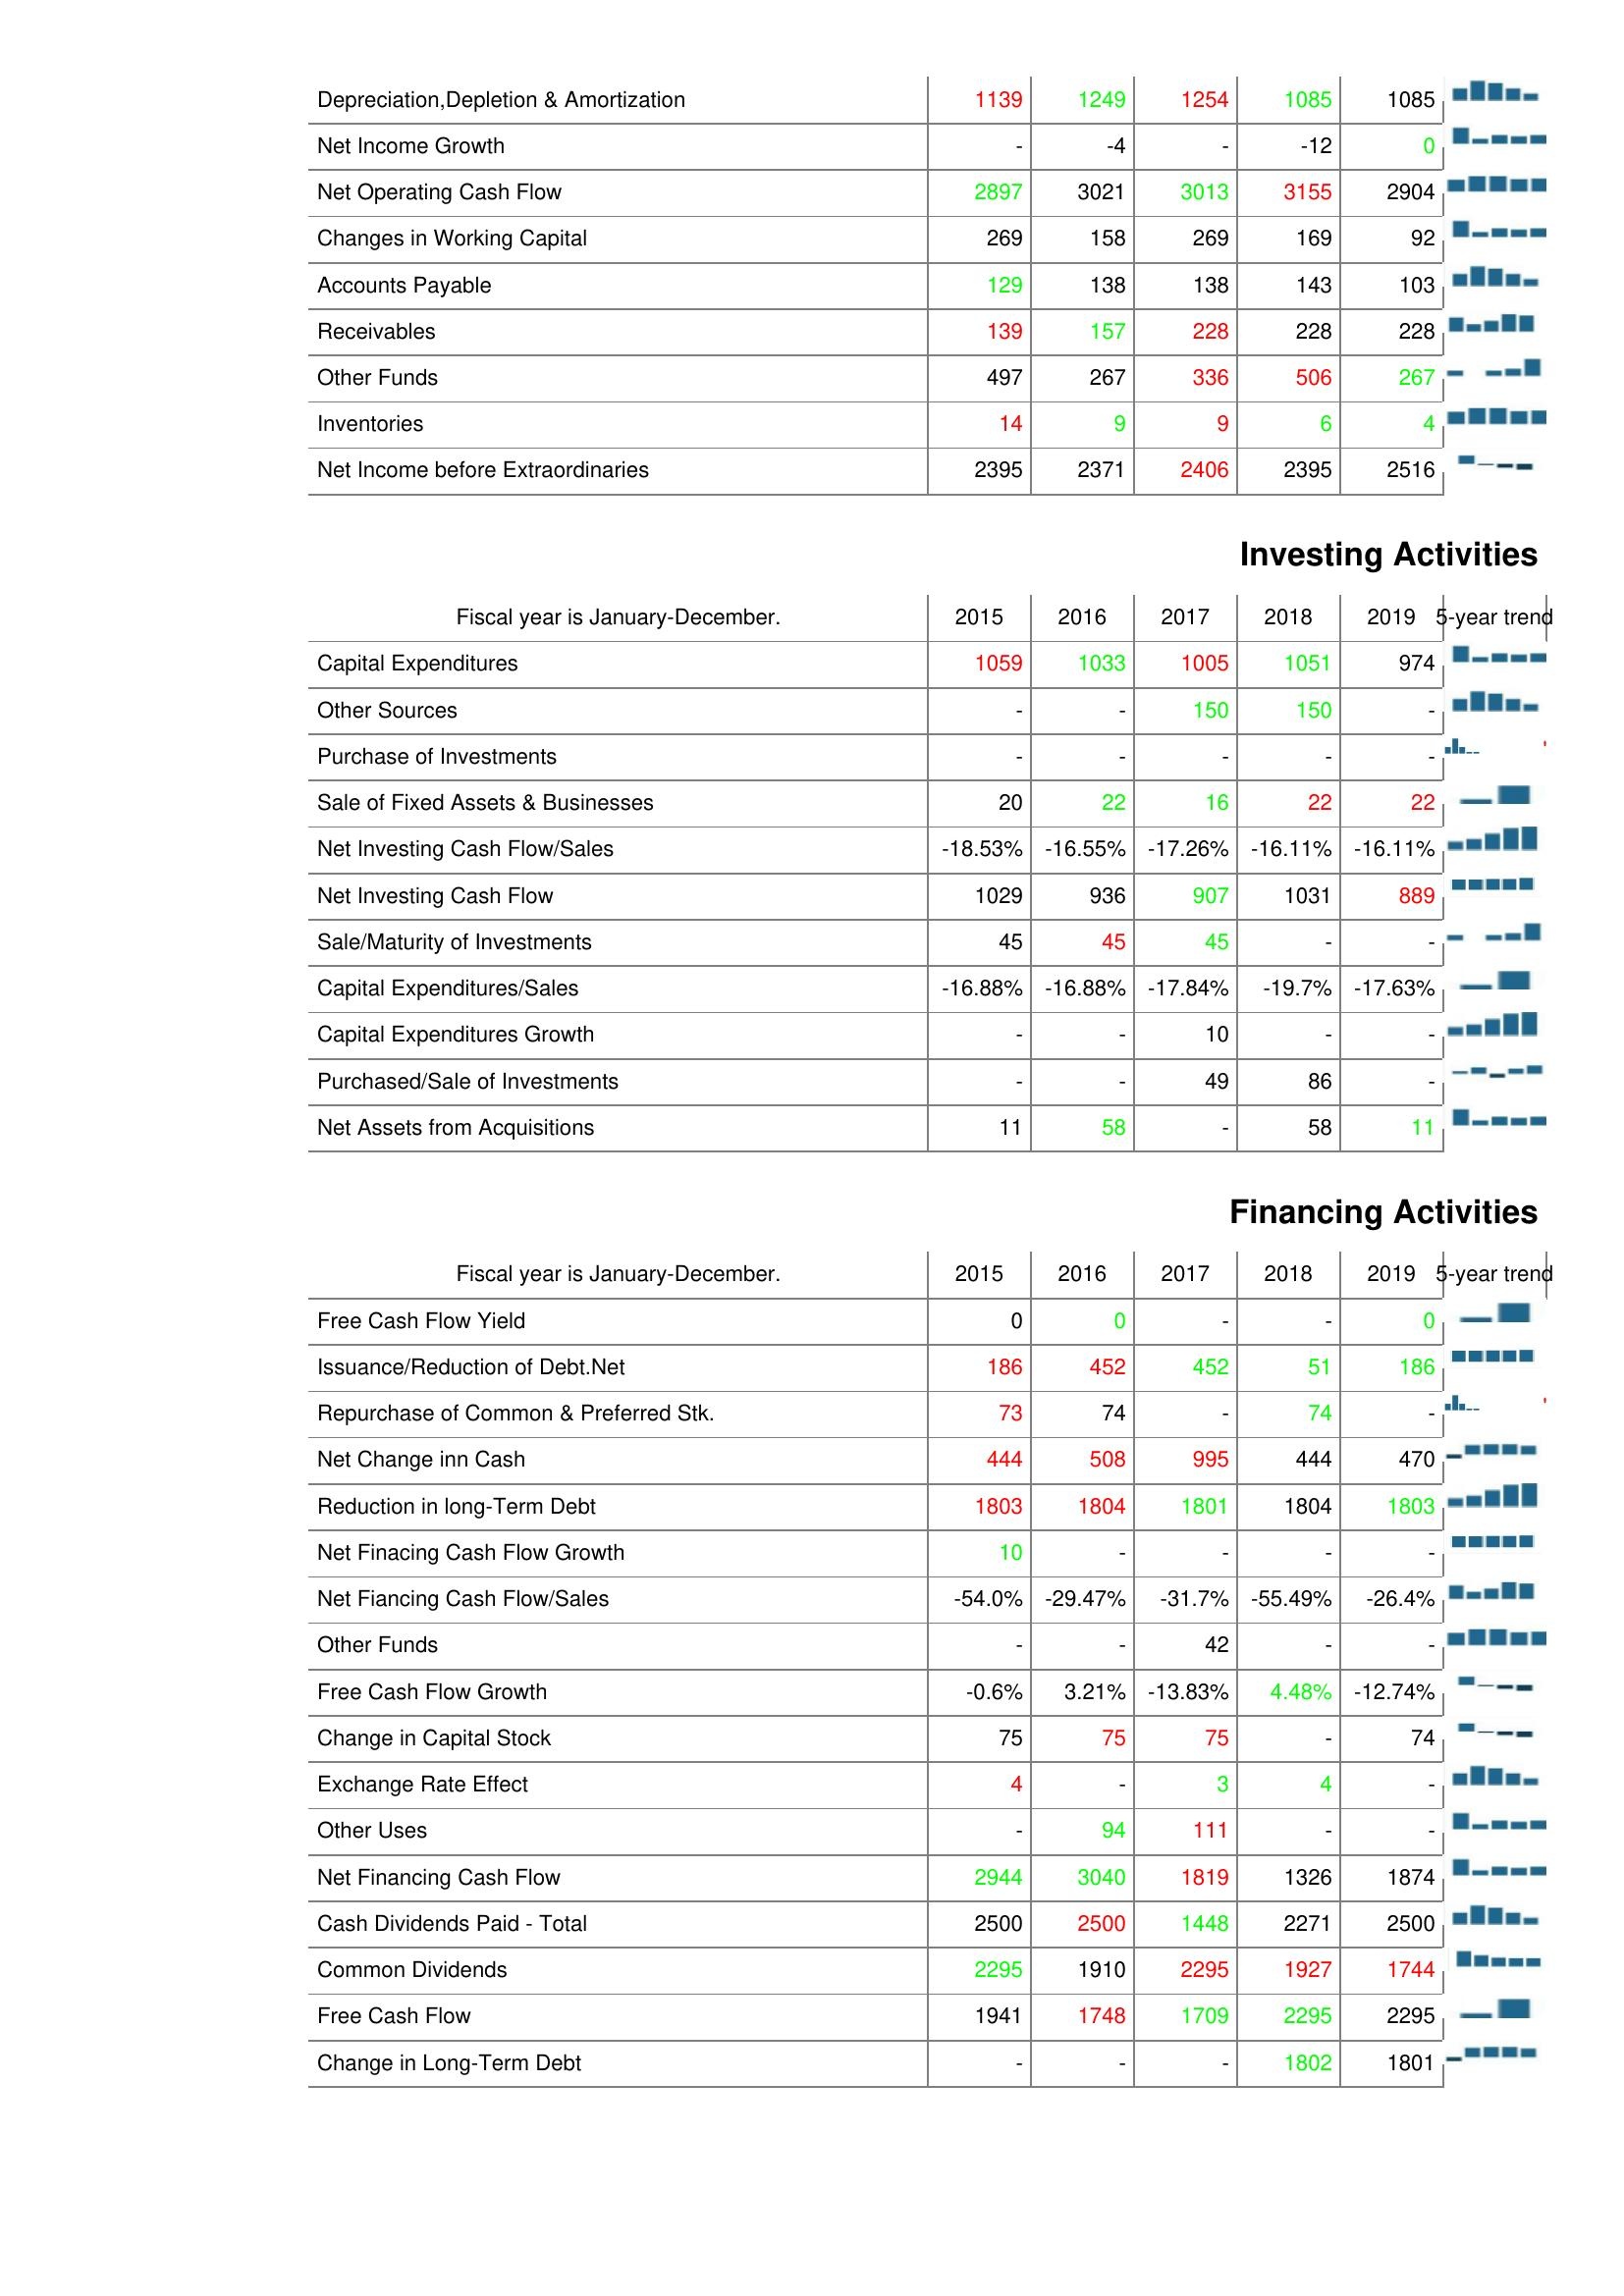
2015: Operating Activities: Depreciation,Depletion & Amortization: 1139
Net Income Growth: -
Net Operating Cash Flow: 2897
Changes in Working Capital: 269
Accounts Payable: 129
Receivables: 139
Other Funds: 497
Inventories: 14
Net Income before Extraordinaries: 2395
Investing Activities: Capital Expenditures: 1059
Other Sources: -
Purchase of Investments: -
Sale of Fixed Assets & Businesses: 20
Net Investing Cash Flow/Sales: -18.53%
Net Investing Cash Flow: 1029
Sale/Maturity of Investments: 45
Capital Expenditures/Sales: -16.88%
Capital Expenditures Growth: -
Purchased/Sale of Investments: -
Net Assets from Acquisitions: 11
Financing Activities: Free Cash Flow Yield: 0
Issuance/Reduction of Debt.Net: 186
Repurchase of Common & Preferred Stk.: 73
Net Change inn Cash: 444
Reduction in long-Term Debt: 1803
Net Finacing Cash Flow Growth: 10
Net Fiancing Cash Flow/Sales: -54.0%
Other Funds: -
Free Cash Flow Growth: -0.6%
Change in Capital Stock: 75
Exchange Rate Effect: 4
Other Uses: -
Net Financing Cash Flow: 2944
Cash Dividends Paid - Total: 2500
Common Dividends: 2295
Free Cash Flow: 1941
Change in Long-Term Debt: -
2016: Operating Activities: Depreciation,Depletion & Amortization: 1249
Net Income Growth: -4
Net Operating Cash Flow: 3021
Changes in Working Capital: 158
Accounts Payable: 138
Receivables: 157
Other Funds: 267
Inventories: 9
Net Income before Extraordinaries: 2371
Investing Activities: Capital Expenditures: 1033
Other Sources: -
Purchase of Investments: -
Sale of Fixed Assets & Businesses: 22
Net Investing Cash Flow/Sales: -16.55%
Net Investing Cash Flow: 936
Sale/Maturity of Investments: 45
Capital Expenditures/Sales: -16.88%
Capital Expenditures Growth: -
Purchased/Sale of Investments: -
Net Assets from Acquisitions: 58
Financing Activities: Free Cash Flow Yield: 0
Issuance/Reduction of Debt.Net: 452
Repurchase of Common & Preferred Stk.: 74
Net Change inn Cash: 508
Reduction in long-Term Debt: 1804
Net Finacing Cash Flow Growth: -
Net Fiancing Cash Flow/Sales: -29.47%
Other Funds: -
Free Cash Flow Growth: 3.21%
Change in Capital Stock: 75
Exchange Rate Effect: -
Other Uses: 94
Net Financing Cash Flow: 3040
Cash Dividends Paid - Total: 2500
Common Dividends: 1910
Free Cash Flow: 1748
Change in Long-Term Debt: -
2017: Operating Activities: Depreciation,Depletion & Amortization: 1254
Net Income Growth: -
Net Operating Cash Flow: 3013
Changes in Working Capital: 269
Accounts Payable: 138
Receivables: 228
Other Funds: 336
Inventories: 9
Net Income before Extraordinaries: 2406
Investing Activities: Capital Expenditures: 1005
Other Sources: 150
Purchase of Investments: -
Sale of Fixed Assets & Businesses: 16
Net Investing Cash Flow/Sales: -17.26%
Net Investing Cash Flow: 907
Sale/Maturity of Investments: 45
Capital Expenditures/Sales: -17.84%
Capital Expenditures Growth: 10
Purchased/Sale of Investments: 49
Net Assets from Acquisitions: -
Financing Activities: Free Cash Flow Yield: -
Issuance/Reduction of Debt.Net: 452
Repurchase of Common & Preferred Stk.: -
Net Change inn Cash: 995
Reduction in long-Term Debt: 1801
Net Finacing Cash Flow Growth: -
Net Fiancing Cash Flow/Sales: -31.7%
Other Funds: 42
Free Cash Flow Growth: -13.83%
Change in Capital Stock: 75
Exchange Rate Effect: 3
Other Uses: 111
Net Financing Cash Flow: 1819
Cash Dividends Paid - Total: 1448
Common Dividends: 2295
Free Cash Flow: 1709
Change in Long-Term Debt: -
2018: Operating Activities: Depreciation,Depletion & Amortization: 1085
Net Income Growth: -12
Net Operating Cash Flow: 3155
Changes in Working Capital: 169
Accounts Payable: 143
Receivables: 228
Other Funds: 506
Inventories: 6
Net Income before Extraordinaries: 2395
Investing Activities: Capital Expenditures: 1051
Other Sources: 150
Purchase of Investments: -
Sale of Fixed Assets & Businesses: 22
Net Investing Cash Flow/Sales: -16.11%
Net Investing Cash Flow: 1031
Sale/Maturity of Investments: -
Capital Expenditures/Sales: -19.7%
Capital Expenditures Growth: -
Purchased/Sale of Investments: 86
Net Assets from Acquisitions: 58
Financing Activities: Free Cash Flow Yield: -
Issuance/Reduction of Debt.Net: 51
Repurchase of Common & Preferred Stk.: 74
Net Change inn Cash: 444
Reduction in long-Term Debt: 1804
Net Finacing Cash Flow Growth: -
Net Fiancing Cash Flow/Sales: -55.49%
Other Funds: -
Free Cash Flow Growth: 4.48%
Change in Capital Stock: -
Exchange Rate Effect: 4
Other Uses: -
Net Financing Cash Flow: 1326
Cash Dividends Paid - Total: 2271
Common Dividends: 1927
Free Cash Flow: 2295
Change in Long-Term Debt: 1802
2019: Operating Activities: Depreciation,Depletion & Amortization: 1085
Net Income Growth: 0
Net Operating Cash Flow: 2904
Changes in Working Capital: 92
Accounts Payable: 103
Receivables: 228
Other Funds: 267
Inventories: 4
Net Income before Extraordinaries: 2516
Investing Activities: Capital Expenditures: 974
Other Sources: -
Purchase of Investments: -
Sale of Fixed Assets & Businesses: 22
Net Investing Cash Flow/Sales: -16.11%
Net Investing Cash Flow: 889
Sale/Maturity of Investments: -
Capital Expenditures/Sales: -17.63%
Capital Expenditures Growth: -
Purchased/Sale of Investments: -
Net Assets from Acquisitions: 11
Financing Activities: Free Cash Flow Yield: 0
Issuance/Reduction of Debt.Net: 186
Repurchase of Common & Preferred Stk.: -
Net Change inn Cash: 470
Reduction in long-Term Debt: 1803
Net Finacing Cash Flow Growth: -
Net Fiancing Cash Flow/Sales: -26.4%
Other Funds: -
Free Cash Flow Growth: -12.74%
Change in Capital Stock: 74
Exchange Rate Effect: -
Other Uses: -
Net Financing Cash Flow: 1874
Cash Dividends Paid - Total: 2500
Common Dividends: 1744
Free Cash Flow: 2295
Change in Long-Term Debt: 1801